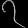
Digit: ၇